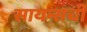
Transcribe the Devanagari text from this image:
सायन्सची